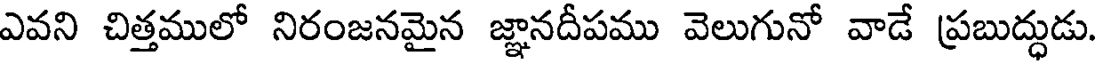
ఎవని చిత్తములో నిరంజనమైన జ్ఞానదీపము వెలుగునో వాడే ప్రబుద్ధుడు.